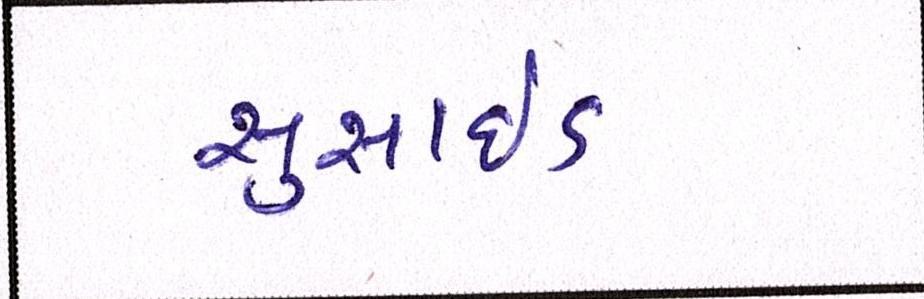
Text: સુસાઈડ